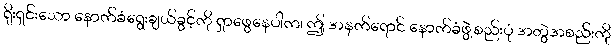
ရိုးရှင်းသော နောက်ခံရွေးချယ်ခွင့်ကို ရှာဖွေနေပါက၊ ဤ အနက်ရောင် နောက်ခံဖွဲ့စည်းပုံ အတွဲအစည်းကို